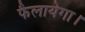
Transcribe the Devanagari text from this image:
फैलायेगा।